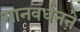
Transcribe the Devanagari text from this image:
गानवर्धनने